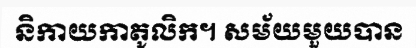
និកាយកាតូលិក។ សម័យមួយបាន